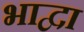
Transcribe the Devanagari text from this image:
भाद्वा